画像に写った文字を読んでください
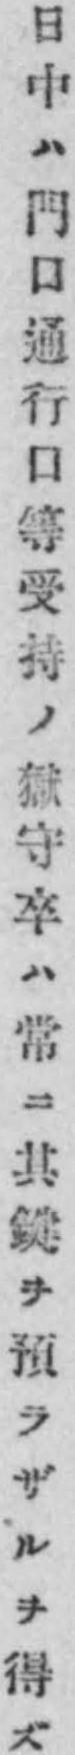
「日中ハ門口通行口等受持ノ獄守卒ハ常ニ其鍵ヲ預ラザルヲ得ズ」と書いてあります